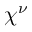
\chi ^ { \nu }